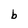
Character: b